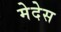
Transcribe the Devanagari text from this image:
मेदेस